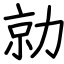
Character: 勍